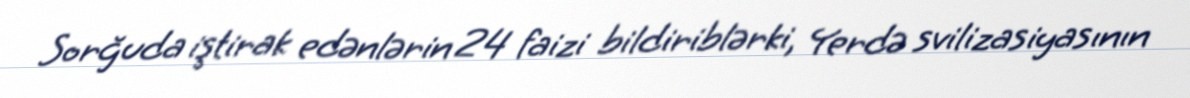
Sorğuda iştirak edənlərin 24 faizi bildiriblərki, Yerdə svilizasiyasının